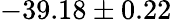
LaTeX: -39.18\pm 0.22